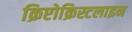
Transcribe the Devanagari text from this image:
क्रिप्टोक्रिस्टलाइन